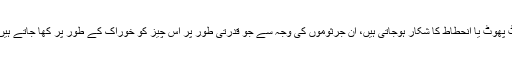
انسان کی بنائی ہوئی تقریباً تمام اشیاء ٹوٹ پھوٹ یا انحطاط کا شکار ہوجاتی ہیں، اُن جرثوموں کی وجہ سے جو قدرتی طور پر اس چیز کو خوراک کے طور پر کھا جاتے ہیں اور وہ چیز گلنا سڑنا شروع ہوجاتی ہے۔